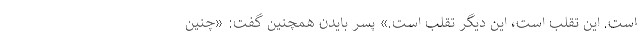
است. این تقلب است، این دیگر تقلب است.» پسر بایدن همچنین گفت: «چنین